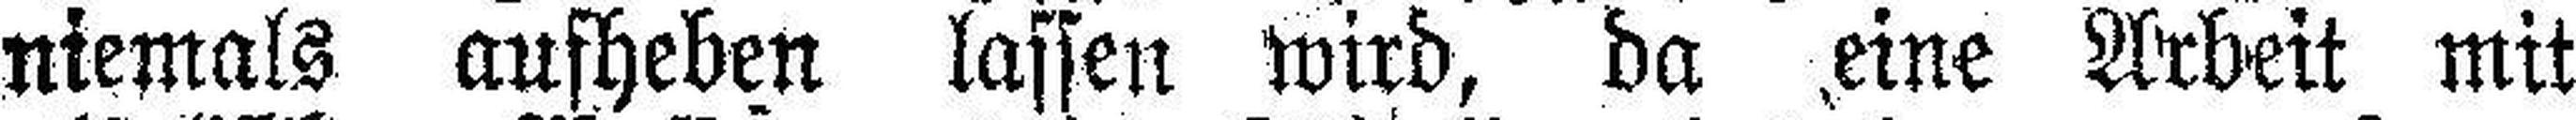
niemals aufheben lassen wird, da eine Arbeit mit